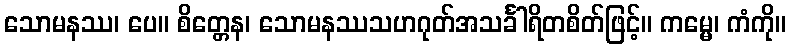
သောမနဿ၊ ပေ။ စိတ္တေန၊ သောမနဿသဟဂုတ်အသင်္ခါရိတစိတ်ဖြင့်။ ကမ္မေ၊ ကံကို။